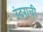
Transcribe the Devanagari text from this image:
उंदराची